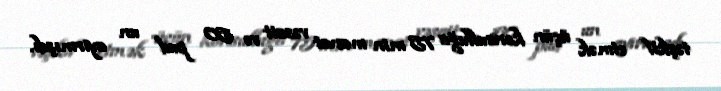
təşkil etmək üçün konsulluğa 75 min manat vəsait və 50 pud un ayırmışdı.